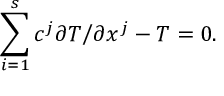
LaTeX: \sum _ { i = 1 } ^ { s } c ^ { j } \partial T \bigl / \partial x ^ { j } - T = 0 .